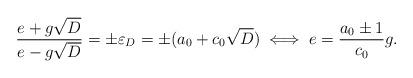
LaTeX: \begin{align*} \frac{e+g\sqrt{D} }{e-g\sqrt{D} } = \pm \varepsilon_D=\pm(a_0+c_0\sqrt{D}) \iff e = \frac{a_0\pm 1}{c_0}g.\end{align*}